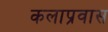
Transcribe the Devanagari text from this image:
कलाप्रवास